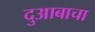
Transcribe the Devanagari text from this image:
दुआबाचा